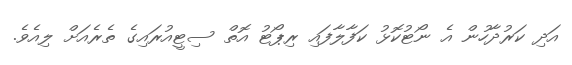
އަދި ކަރުދާހުން އެ ނޯޓުކޮޅު ކަފާލާފައި ރިޕޯޓު އޮތް ސިޓީއުރައިގެ ތެރެއަށް ލިއެވެ.